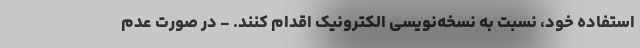
استفاده خود، نسبت به نسخه‌نویسی الکترونیک اقدام کنند. - در صورت عدم